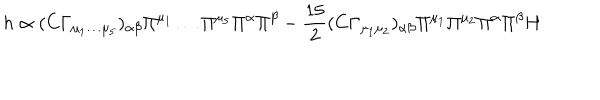
LaTeX: h \propto ( C \Gamma _ { \mu _ { 1 } \dots \mu _ { 5 } } ) _ { \alpha \beta } \Pi ^ { \mu _ { 1 } } \dots \Pi ^ { \mu _ { 5 } } \Pi ^ { \alpha } \Pi ^ { \beta } - \frac { 1 5 } { 2 } ( C \Gamma _ { \mu _ { 1 } \mu _ { 2 } } ) _ { \alpha \beta } \Pi ^ { \mu _ { 1 } } \Pi ^ { \mu _ { 2 } } \Pi ^ { \alpha } \Pi ^ { \beta } H